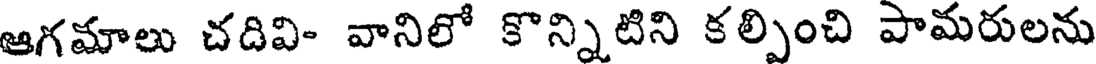
ఆగమాలు చదివి- వానిలో కొన్నిటిని కల్పించి పామరులను